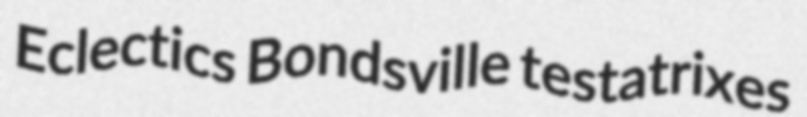
Eclectics Bondsville testatrixes